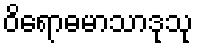
ဝိရောဓမာသာဒုသု